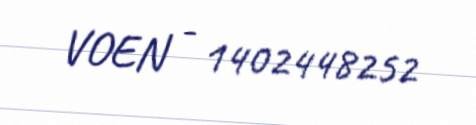
VOEN - 1402448252